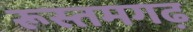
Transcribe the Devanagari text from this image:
रूस्तमगढ़